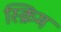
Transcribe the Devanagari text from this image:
स्क्रिम